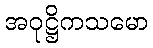
အဝုဋ္ဌိကသမော